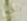
ولكن